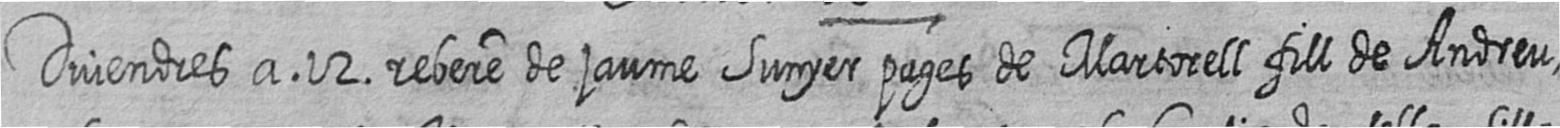
Divendres a 12 rebere de jaume Sunyer pages de Martorell fill de Andreu